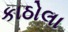
કાઠોલા